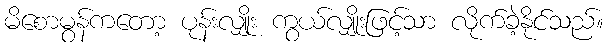
မိစောမွန်ကတော့ ပုန်းလျှိုး ကွယ်လျှိုးဖြင့်သာ လိုက်ခဲ့နိုင်သည်။